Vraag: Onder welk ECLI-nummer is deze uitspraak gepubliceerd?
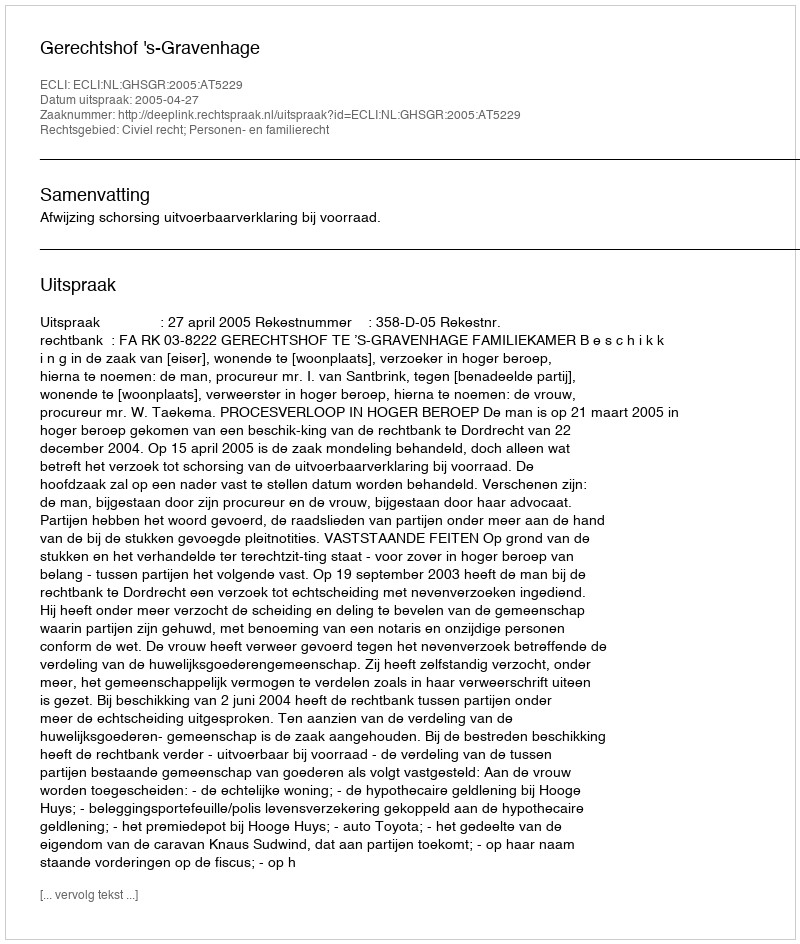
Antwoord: ECLI:NL:GHSGR:2005:AT5229